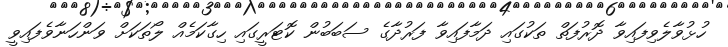
ހުޅުވާލެވިފައިވާ ދޮރުފަތް ތަކުގައި ދަމާފައިވާ ފަރުދާގެ ސަބަބުން ކޮޓަރީގައި ހިގާކަމެއް ލޯތަކަށް ވަންހަނާވެފައިވީ